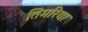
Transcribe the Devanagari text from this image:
तिमरिया